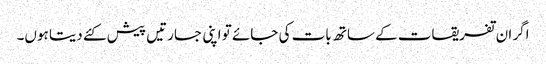
اگر ان تفریقات کے ساتھ بات کی جائے تو اپنی جسارتیں پیش کئے دیتا ہوں۔